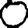
Digit: 0